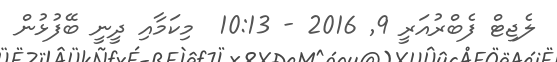
ލެޖިޓް ފެބްރުއަރީ 9